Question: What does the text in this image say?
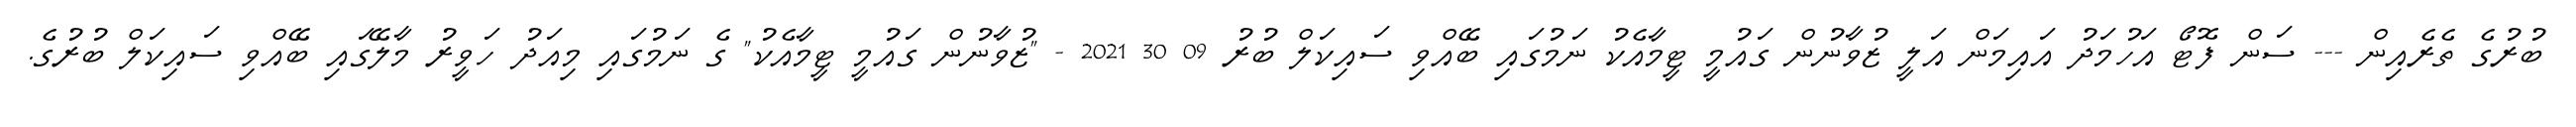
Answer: ބުރުގެ ތެރެއިން --- ސަން ފޮޓޯ އަހުމަދު އައިމަން އަލީ ޒުވާނުން ގައުމީ ޓީމާއެކު ނަމުގައި ބޭއްވި ސައިކަލް ބުރު 09 30 2021 - "ޒުވާނުން ގައުމީ ޓީމާއެކު" ގެ ނަމުގައި މިއަދު ހަވީރު މާލޭގައި ބޭއްވި ސައިކަލް ބުރުގެ.